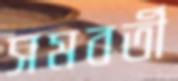
সমবর্তী